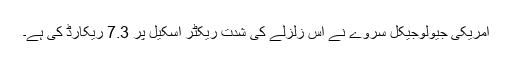
امریکی جیولوجیکل سروے نے اس زلزلے کی شدت ریکٹر اسکیل پر 7.3 ریکارڈ کی ہے۔